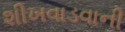
શીખવાડવાની